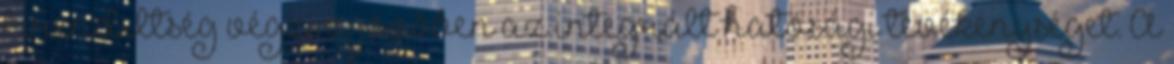
kirendeltség végzi a jövőben az integrált hatósági tevékenységet. A